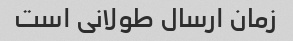
زمان ارسال طولانی است